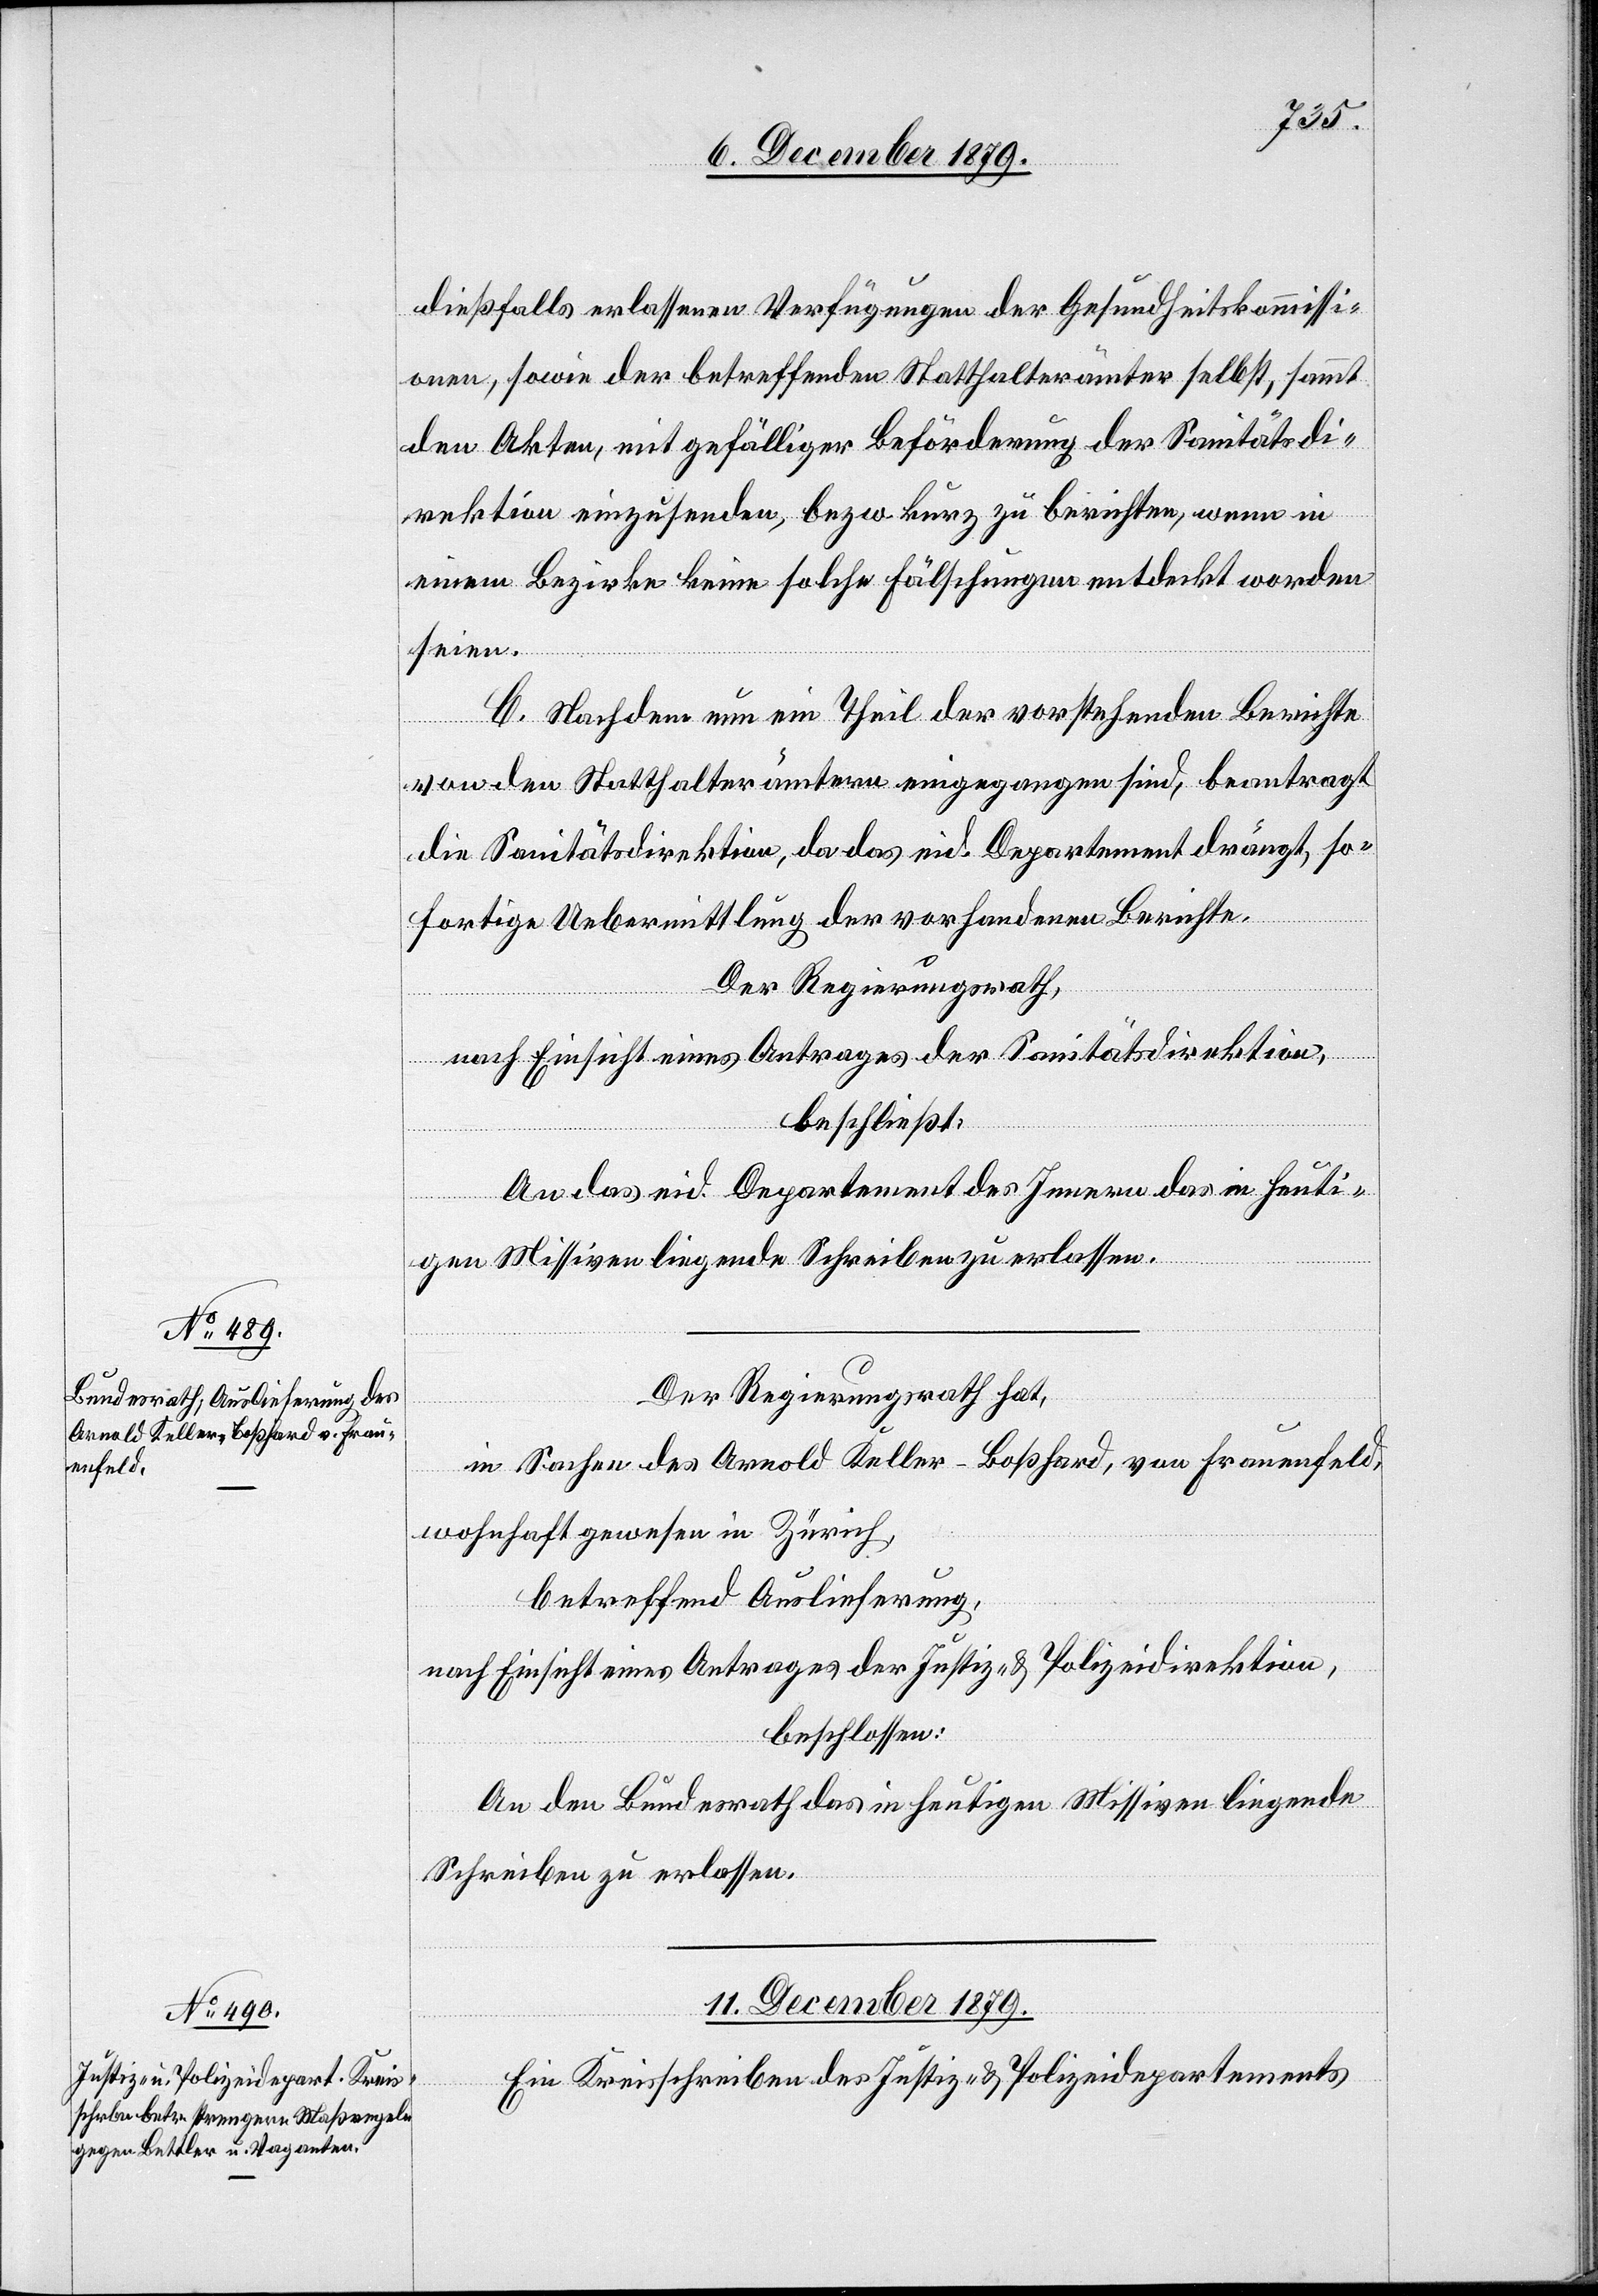
dießfalls erlassenen Verfügungen der Gesundheitskommissi¬
onen, sowie der betreffenden Statthalterämter selbst, sammt
den Akten, mit gefälliger Beförderung der Sanitätsdi¬
rektion einzusenden, bezw. kurz zu berichten, wenn in
einem Bezirke keine solche Fälschungen entdeckt worden
seien.
C. Nachdem nun ein Theil der vorstehenden Berichte
von den Statthalterämtern eingegangen sind, beantragt
die Sanitätsdirektion, da das eid. Departement drängt, so¬
fortige Uebermittlung der vorhandenen Berichte.
Der Regierungsrath,
nach Einsicht eines Antrages der Sanitätsdirektion,
beschließt:
An das eid. Departement des Innern das in heuti¬
gen Missiven liegende Schreiben zu erlassen.
Der Regierungsrath hat,
in Sachen des Arnold Keller-Boßhard, von Frauenfeld,
wohnhaft gewesen in Zürich,
betreffend Auslieferung,
nach Einsicht eines Antrages der Justiz- & Polizeidirektion,
beschlossen:
An den Bundesrath das in heutigen Missiven liegende
Schreiben zu erlassen.
11. December 1879.
Ein Kreisschreiben des Justiz- & Polizeidepartements